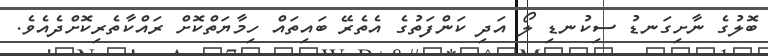
ބޮލުގެ ނާށިގަނޑު ސިކުނޑި ލޯ އަދި ކަންފަތުގެ އެތެރޭ ބައިތައް ހިމާޔަތްކޮށް ރައްކާތެރިކޮށްދެއެވެ.